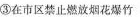
③在市区禁止燃放烟花爆竹